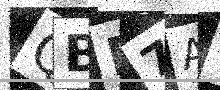
Text: QBF7AQ